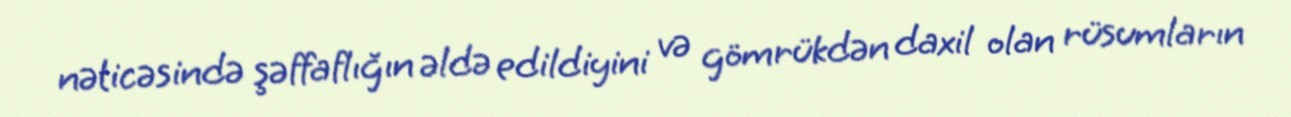
nəticəsində şəffaflığın əldə edildiyini və gömrükdən daxil olan rüsumların